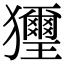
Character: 𤣔